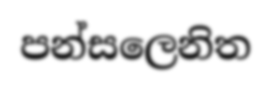
පන්සලෙනිත